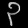
Digit: ၃